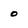
Character: o